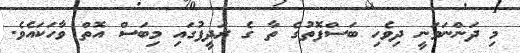
މި ދަންނަވަނީ ދިވެހި ބަސްފޮތުގެ ތާ ގެ ރަދީފުގައި މިބަސް އޮތް ވާހަކައެވެ.